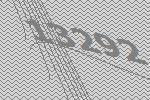
13292